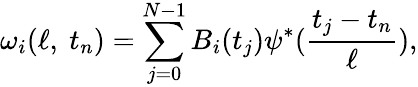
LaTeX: \omega_{i}(\ell,~t_{n})=\sum_{j=0}^{N-1}B_{i}(t_{j})\psi^{\ast}(\frac{t_{j}-t_{n}}{\ell}),